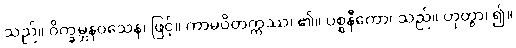
သည်။ ဝိက္ခမ္ဘနဝသေန၊ ဖြင့်။ ကာမဝိတက္ကဿ၊ ၏။ ပစ္စနီကော၊ သည်။ ဟုတွာ၊ ၍။